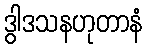
ဒွါဒသနဟုတာနံ